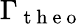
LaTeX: \Gamma_{\mathrm{~t~h~e~o~}}